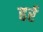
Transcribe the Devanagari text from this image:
हर्र